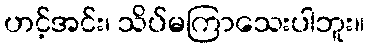
ဟင့်အင်း၊ သိပ်မကြာသေးပါဘူး။